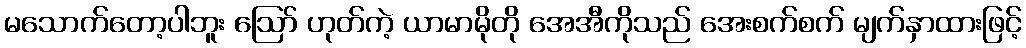
မသောက်တော့ပါဘူး ဪ ဟုတ်ကဲ့ ယာမာမိုတို အေအီကိုသည် အေးစက်စက် မျက်နှာထားဖြင့်